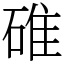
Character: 碓